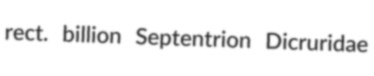
rect. billion Septentrion Dicruridae